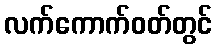
လက်ကောက်ဝတ်တွင်